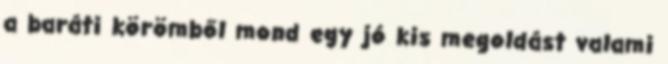
a baráti körömből mond egy jó kis megoldást valami